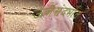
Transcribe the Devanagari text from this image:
ऊर्जेसंदर्भात